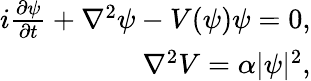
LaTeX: \begin{array}{r}{i\frac{\partial\psi}{\partial t}+\nabla^{2}\psi-V(\psi)\psi=0,}\\ {\nabla^{2}V=\alpha|\psi|^{2},}\end{array}